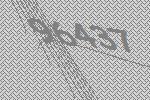
96437